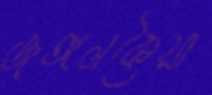
জঙ্গলকৈয়া